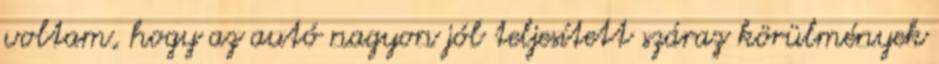
voltam, hogy az autó nagyon jól teljesített száraz körülmények